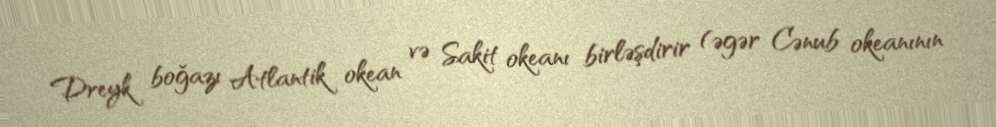
Dreyk boğazı Atlantik okean və Sakit okeanı birləşdirir (əgər Cənub okeanının